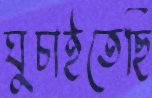
ঘুচাইতেছি